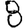
Digit: 8